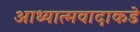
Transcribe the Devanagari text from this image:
आध्यात्मवादाकडे